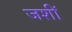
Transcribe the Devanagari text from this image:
जशीं